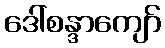
ဒေါ်စန္ဒာကျော်